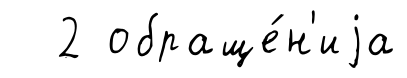
2 обраще́н'иjа